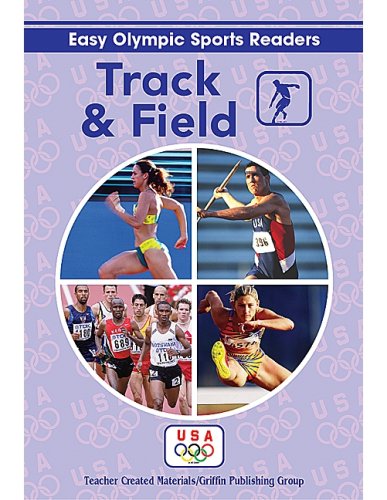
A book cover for Track and Field Reader (Easy Olympic Sports Readers); Teacher Created Resources Staff; Children's Books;